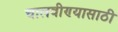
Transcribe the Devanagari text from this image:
चालवीण्यासाठी